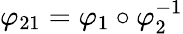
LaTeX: \varphi_{21}=\varphi_{1}\circ\varphi_{2}^{-1}